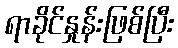
ရာခိုင်နှုန်းဖြစ်ပြီး